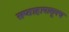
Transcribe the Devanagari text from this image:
सप्ताहापासूनच